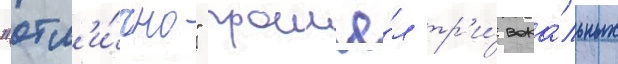
"отл'и́чно" прошё́л тр'и́ вока́льных